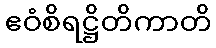
ဧဝံစိရဋ္ဌိတိကာတိ